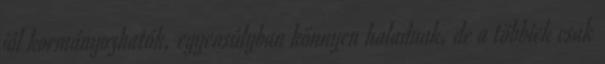
jól kormányozhatók, egyensúlyban könnyen haladnak, de a többiek csak